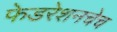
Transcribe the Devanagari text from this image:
फेडरेशनचेच